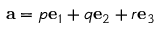
\mathbf { a } = p \mathbf { e } _ { 1 } + q \mathbf { e } _ { 2 } + r \mathbf { e } _ { 3 }